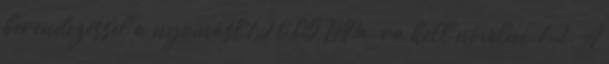
berendezéssel a nyomást 1,20,05 MPa-ra kell növelni. 1.2. A